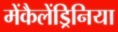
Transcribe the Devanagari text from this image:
मेंकैलेंड्रिनिया